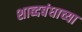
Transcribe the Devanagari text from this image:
शाब्दबंधाच्या